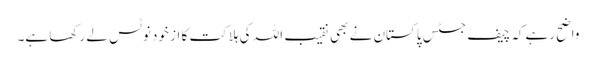
واضح رہےکہ چیف جسٹس پاکستان نے بھی نقیب اللہ کی ہلاکت کا از خود نوٹس لے رکھا ہے۔